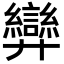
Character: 𢍶